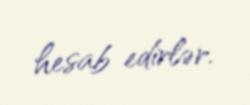
hesab edirlər.